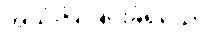
အသုံးပြုခြင်းခံရသော